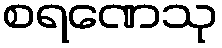
စရဏေသု